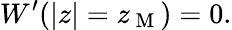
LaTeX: W^{\prime}(|z|=z_{\mathrm{~M~}})=0.